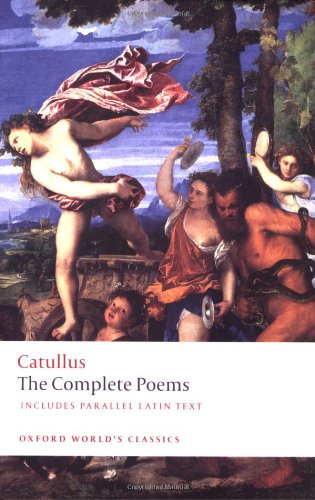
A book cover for The Poems of Catullus (Oxford World's Classics); Catullus; Literature & Fiction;